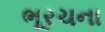
ભૂરચના